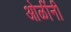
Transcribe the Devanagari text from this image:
ओळींनी